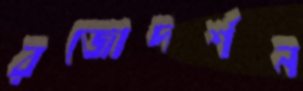
রজোদর্শন